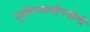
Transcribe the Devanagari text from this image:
पूर्वरंगमात्रोपयोगी